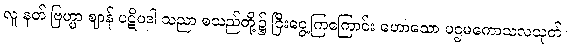
လူ နတ် ဗြဟ္မာ ဈာန် ပဋိပဒါ သညာ စသည်တို့၌ ငြီးငွေ့ကြကြောင်း ဟောသော ပဌမကောသလသုတ်။